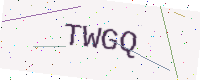
Text: TWGQ